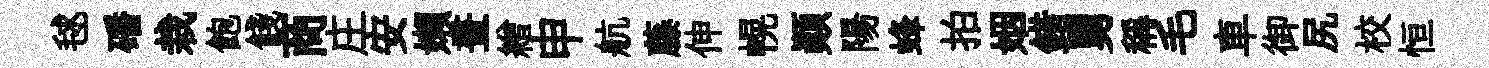
毬磻栽飽餞商庄安嬾晝繒申航藤伸幌顛陽蜂拍姻錯舅稱毛車御尻校恒